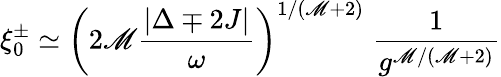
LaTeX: \xi_{0}^{\pm}\simeq\left(2\mathscr{M}\frac{{|\Delta\mp2J|}}{{\omega}}\right)^{1/(\mathscr{M}+2)}\; \frac{{1}}{{g^{\mathscr{M}/(\mathscr{M}+2)}}}